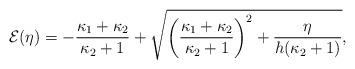
LaTeX: \begin{align*} \mathcal{E}(\eta) = -\frac{\kappa_1+\kappa_2}{\kappa_2+1}+\sqrt{\left(\frac{\kappa_1+\kappa_2}{\kappa_2+1}\right)^2+\frac{\eta}{h(\kappa_2+1)}}, \end{align*}